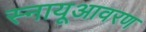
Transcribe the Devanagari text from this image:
स्नायूआवरण